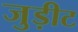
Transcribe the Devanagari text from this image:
जुड़ीट